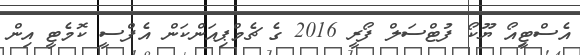
އެސްޓިީއޯ ޔޫކޯ ފުޓްސަލް ފޯރީ 2016 ގެ ޗެމްޕިއަންކަން އެފްސީ ކޮމެޓީ އިން